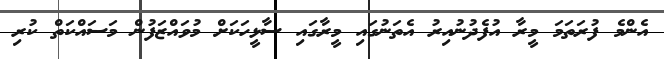
އެންމެ ފުރަތަމަ މީރާ އުފެދުނުއިރު އެތަނުގައި މީރާގައި ސާޅީހަކަށް މުވައްޒަފުން މަސައްކަތް ކުރި